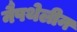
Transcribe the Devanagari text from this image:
नैपथेलीन